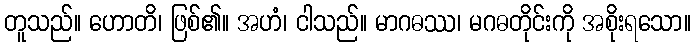
တူသည်။ ဟောတိ၊ ဖြစ်၏။ အဟံ၊ ငါသည်။ မာဂဓဿ၊ မဂဓတိုင်းကို အစိုးရသော။